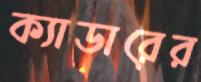
ক্যাডারের